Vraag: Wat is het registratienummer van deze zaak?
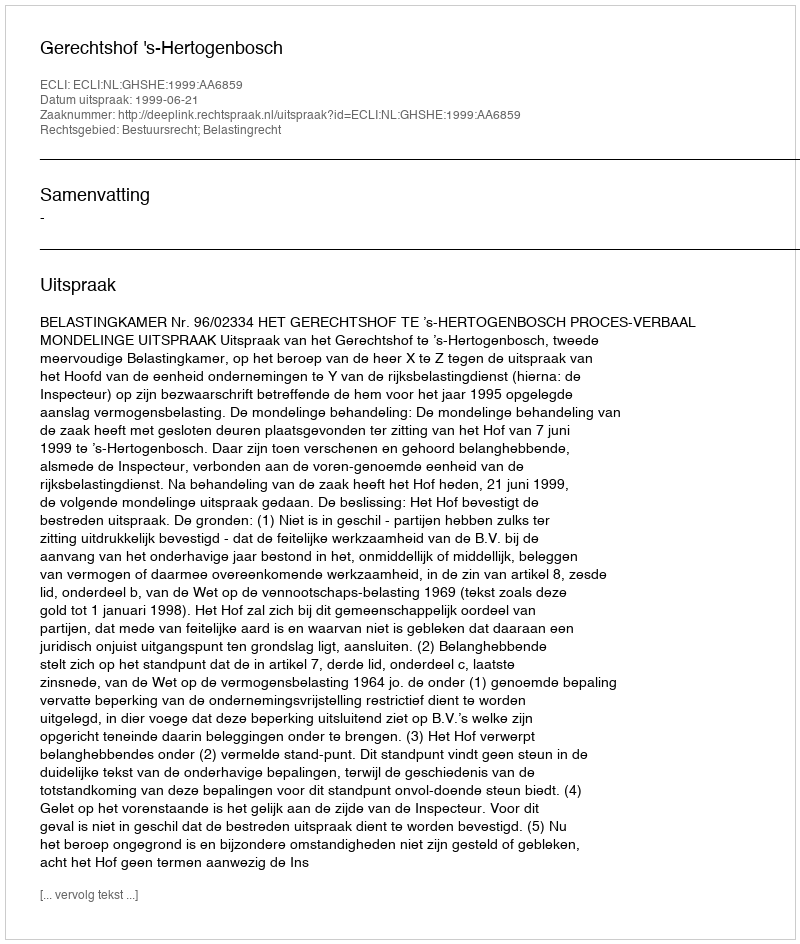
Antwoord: http://deeplink.rechtspraak.nl/uitspraak?id=ECLI:NL:GHSHE:1999:AA6859